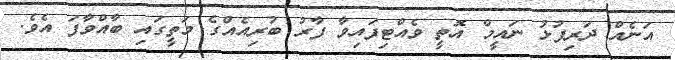
އަނެއް ދަރިފުޅު ނައީމް އޮތީ ވެއްޓިފައިވާ ފާރު ބުރިއެއްގެ މަތީގައި ބާއްވާފަ އެވެ.